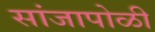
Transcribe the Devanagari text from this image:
सांजापोळी